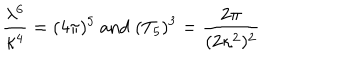
\frac { \lambda ^ { 6 } } { \kappa ^ { 4 } } = ( 4 \pi ) ^ { 5 } \mathrm { ~ a n d ~ } ( T _ { 5 } ) ^ { 3 } = \frac { 2 \pi } { ( 2 \kappa ^ { 2 } ) ^ { 2 } }